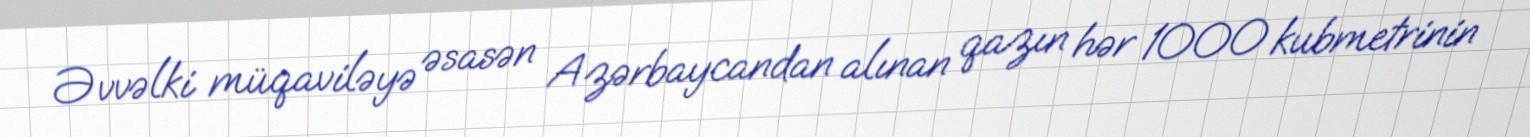
Əvvəlki müqaviləyə əsasən Azərbaycandan alınan qazın hər 1000 kubmetrinin